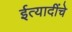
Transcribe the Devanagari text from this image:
ईत्यादींचे